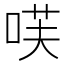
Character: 𭈏